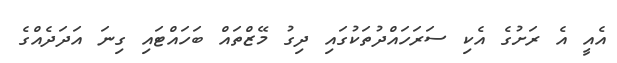
އެއީ އެ ރަށުގެ އެކި ސަރަހައްދުތަކުގައި ދިގު މޭޒްތައް ބަހައްޓައި ގިނަ އަދަދެއްގެ